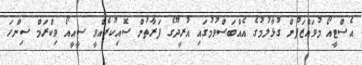
އެސްޓީއޯ މުވައްޒަފުން ގުޅާލުމުގެ އެއްބަސްވުމުގައި އުރީދޫގެ ފަރާތުން ސޮއިކުރެއްވީ ސީއީއޯ ވިކްރަމް ސިންހަ